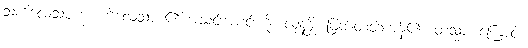
သံကိလေသပက္ခံ၊ ကိလေသာ ၏ အသင်းအပင်းကို။ လုနန္တိ၊ ဖြတ်တတ်ကုန်၏။ တသ္မာ၊ ကြောင့်။